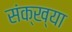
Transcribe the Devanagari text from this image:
संक्ख्या